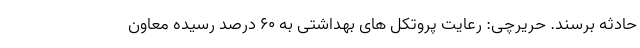
حادثه برسند. حریرچی: رعایت پروتکل های بهداشتی به ۶۰ درصد رسیده معاون